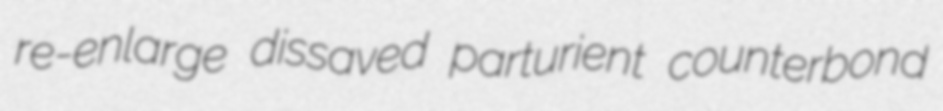
re-enlarge dissaved parturient counterbond